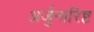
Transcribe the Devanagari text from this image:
अर्जुनारिष्ट